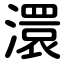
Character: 澴